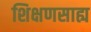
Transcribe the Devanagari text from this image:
शिक्षणसाह्य